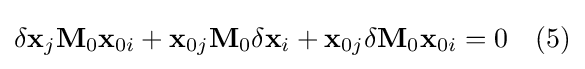
\delta \mathbf {x} _{j}\mathbf {M} _{0}\mathbf {x} _{0i}+\mathbf {x} _{0j}\mathbf {M} _{0}\delta \mathbf {x} _{i}+\mathbf {x} _{0j}\delta \mathbf {M} _{0}\mathbf {x} _{0i}=0\quad {(5)}